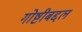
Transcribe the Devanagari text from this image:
गोष्टीबद्दल